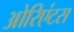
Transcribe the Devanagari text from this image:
ओरिएंटस